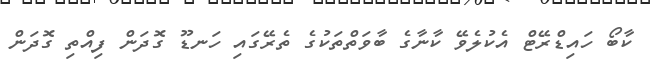
ކާބޯ ހައިޑްރޭޓް އެކުލެވޭ ކާނާގެ ބާވަތްތަކުގެ ތެރޭގައި ހަނޑޫ ގޮދަން ފިއްތި ގޮދަން